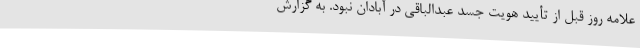
علامه روز قبل از تأیید هویت جسد ‌عبدالباقی در آبادان نبود. به گزارش